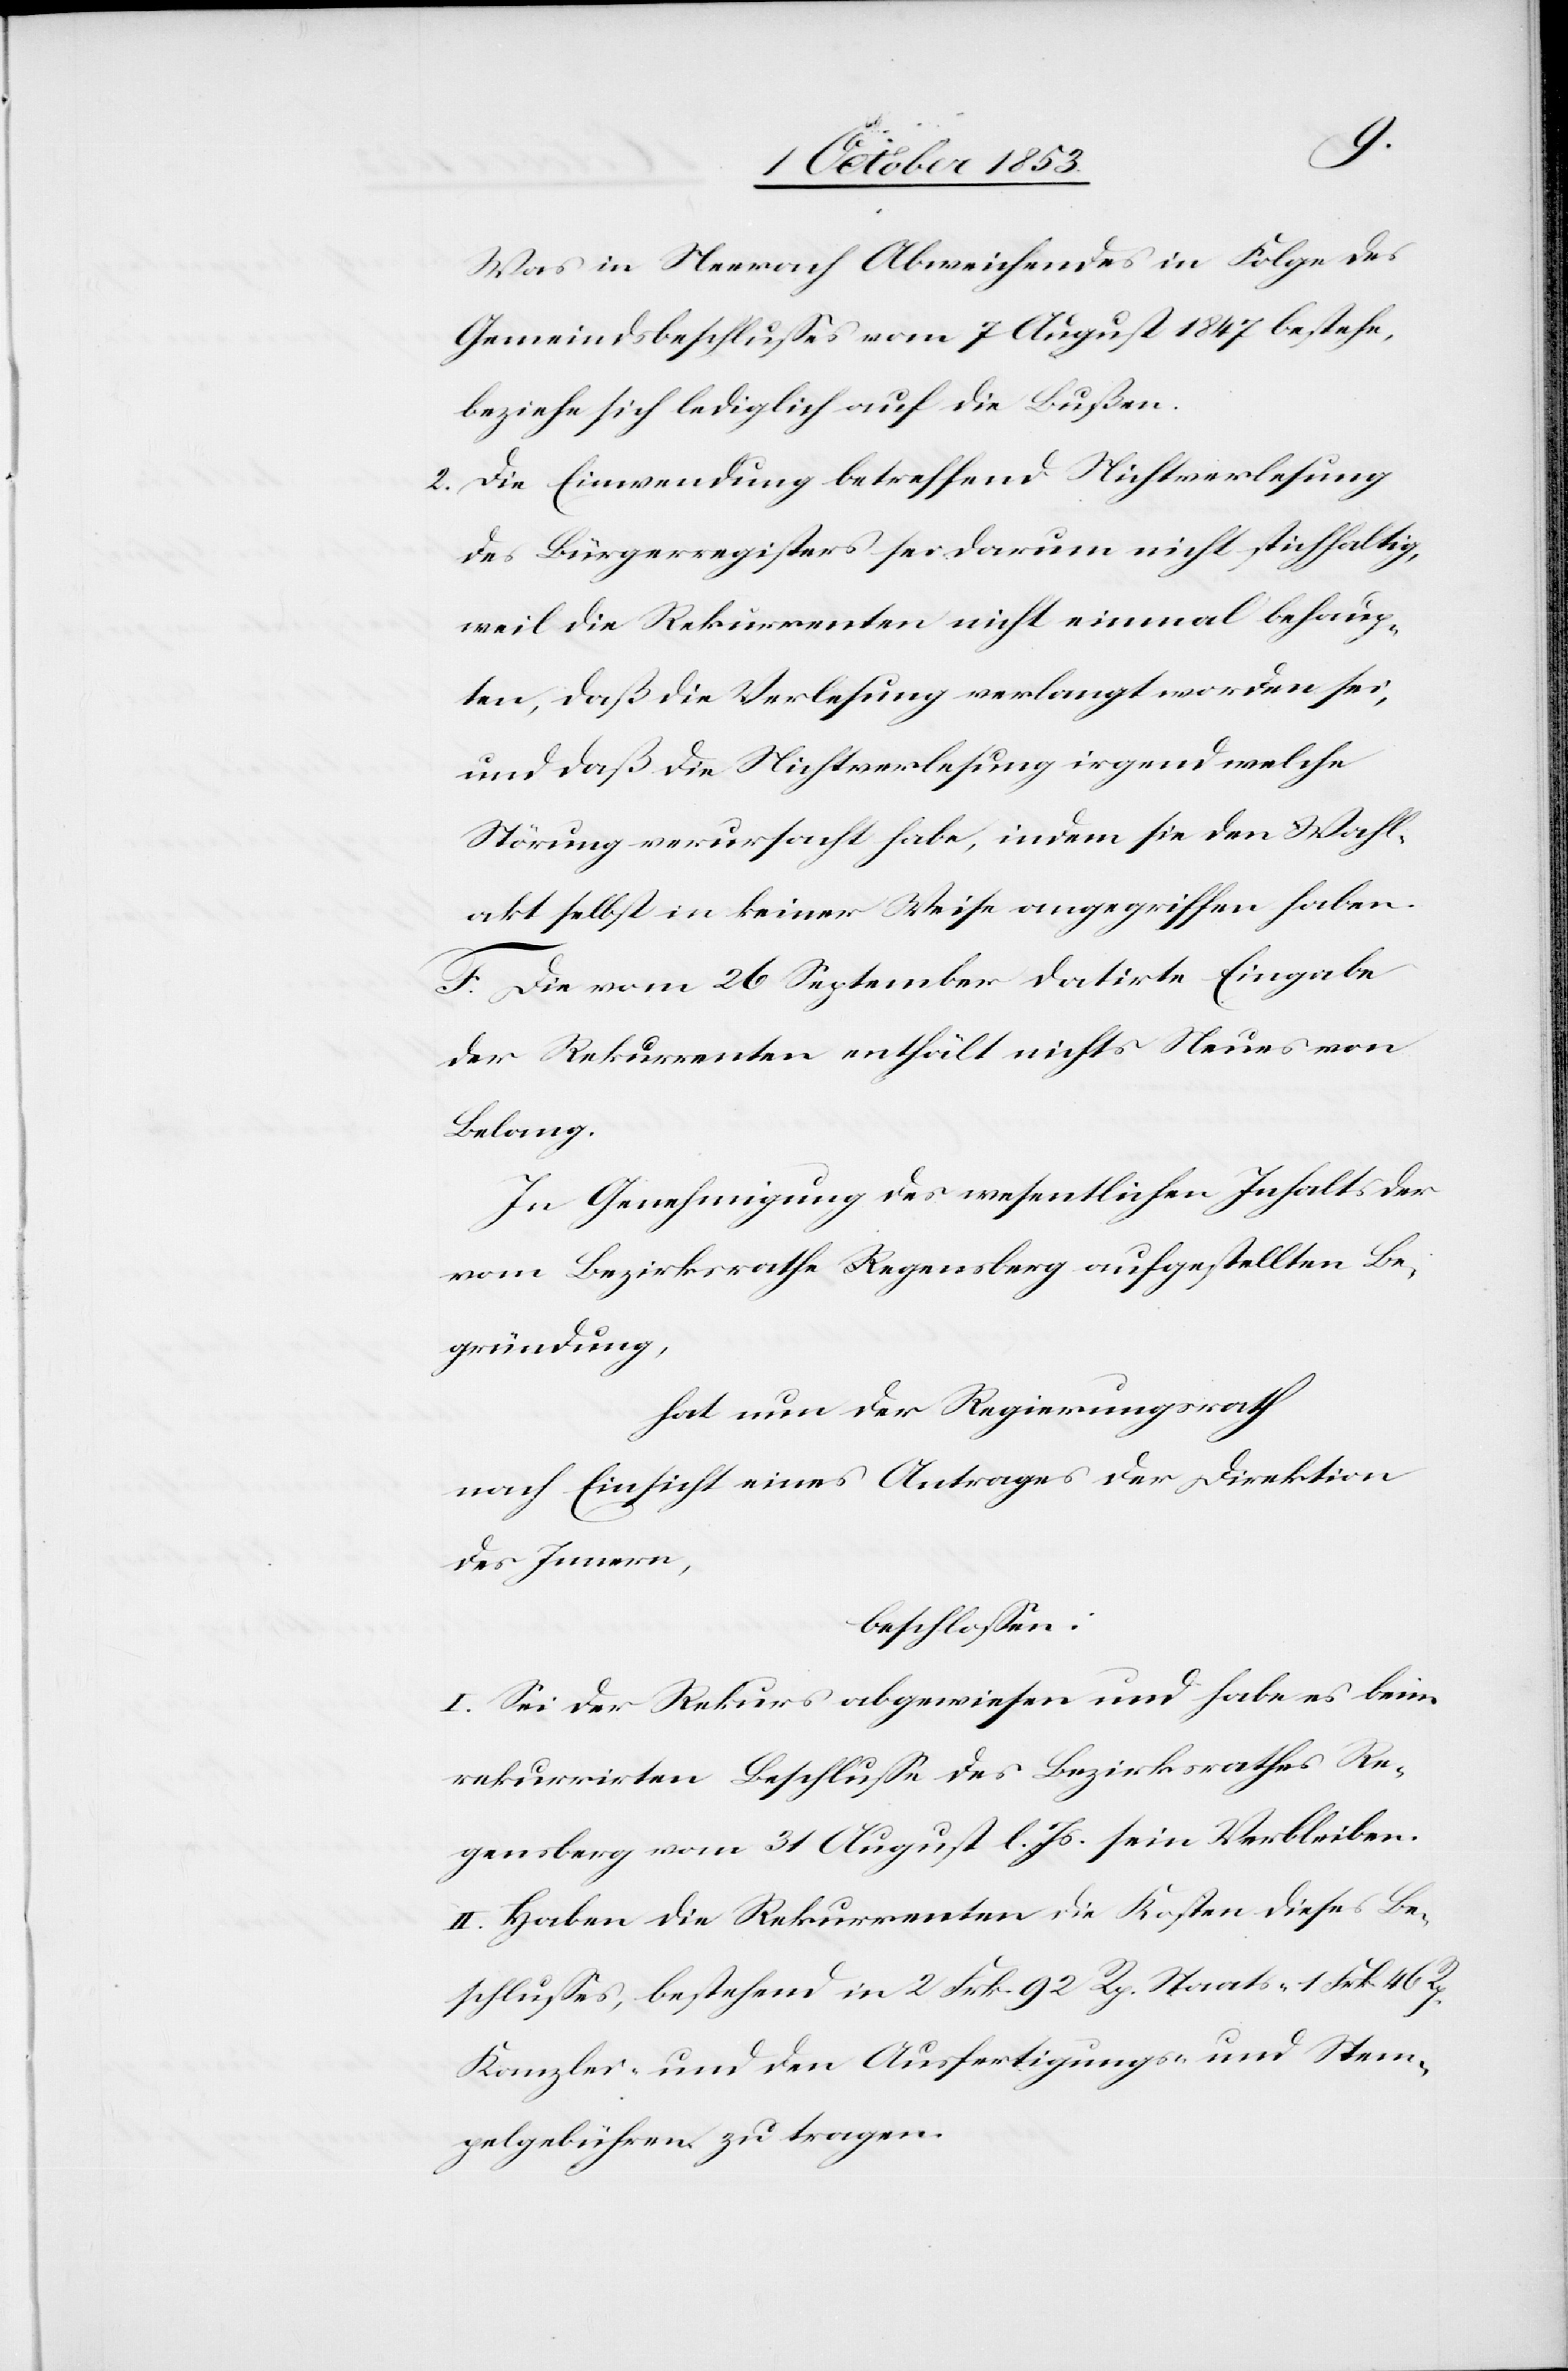
Wahl¬
Was in Neerach Abweichendes in Folge des
Gemeindsbeschlußes vom 7 August 1847 bestehe,
beziehe sich lediglich auf die Bußen.
2. Die Einwendung betreffend Nichtverlesung
des Bürgerregisters sei darum nicht stichhaltig,
weil die Rekurrenten nicht einmal behaup¬
ten, daß die Verlesung verlangt worden sei,
und daß die Nichtverlesung irgend welche
Störung verursacht habe, indem sie den Wahl¬
akt selbst in keiner Weise angegriffen haben.
F. Die vom 26 September datirte Eingabe
der Rekurrenten enthält nichts Neues von
Belang.
In Genehmigung des wesentlichen Inhalts der
vom Bezirksrathe Regensberg aufgestellten Be¬
gründung,
hat nun der Regierungsrath
nach Einsicht eines Antrages der Direktion
des Innern,
beschloßen:
I. Sei der Rekurs abgewiesen und habe es beim
rekurrirten Beschluße des Bezirksrathes Re¬
gensberg vom 31 August l. Js. sein Verbleiben.
II. Haben die Rekurrenten die Kosten dieses Be¬
schlußes, bestehend in 2. Frk. 92 Rp. Staats- 1 Frk. 46 Rp.
Kanzlei- und den Ausfertigungs- u. Stem¬
pelgebühren zu tragen.